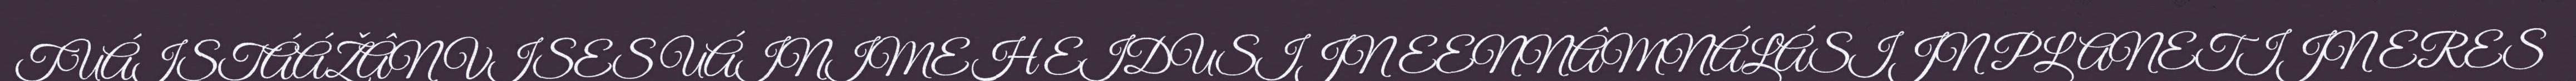
TUÁISTÁÁŽÂN VISES UÁINIMEH EIDUSIJN EENNÂMNÁLÁSIJN PLANETIJN ERES